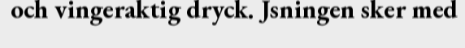
och vingeraktig dryck. Jsningen sker med